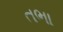
તભા